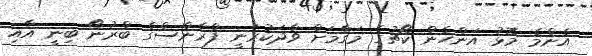
އެންމެ މޮޅު އަންހެން ކޯޗުގެ މަގާމަށް ވާދަކުރަނީ ފްރާންސްގެ ބްރުނޯ ބިނީ އާއި